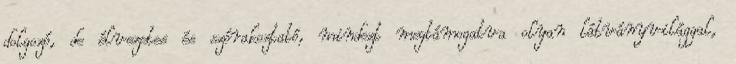
dolgozó, de élvezetes és szórakoztató, mindezt megtámogatva olyan látványvilággal,